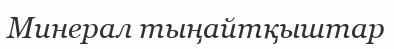
Минерал тыңайтқыштар